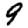
Digit: 9